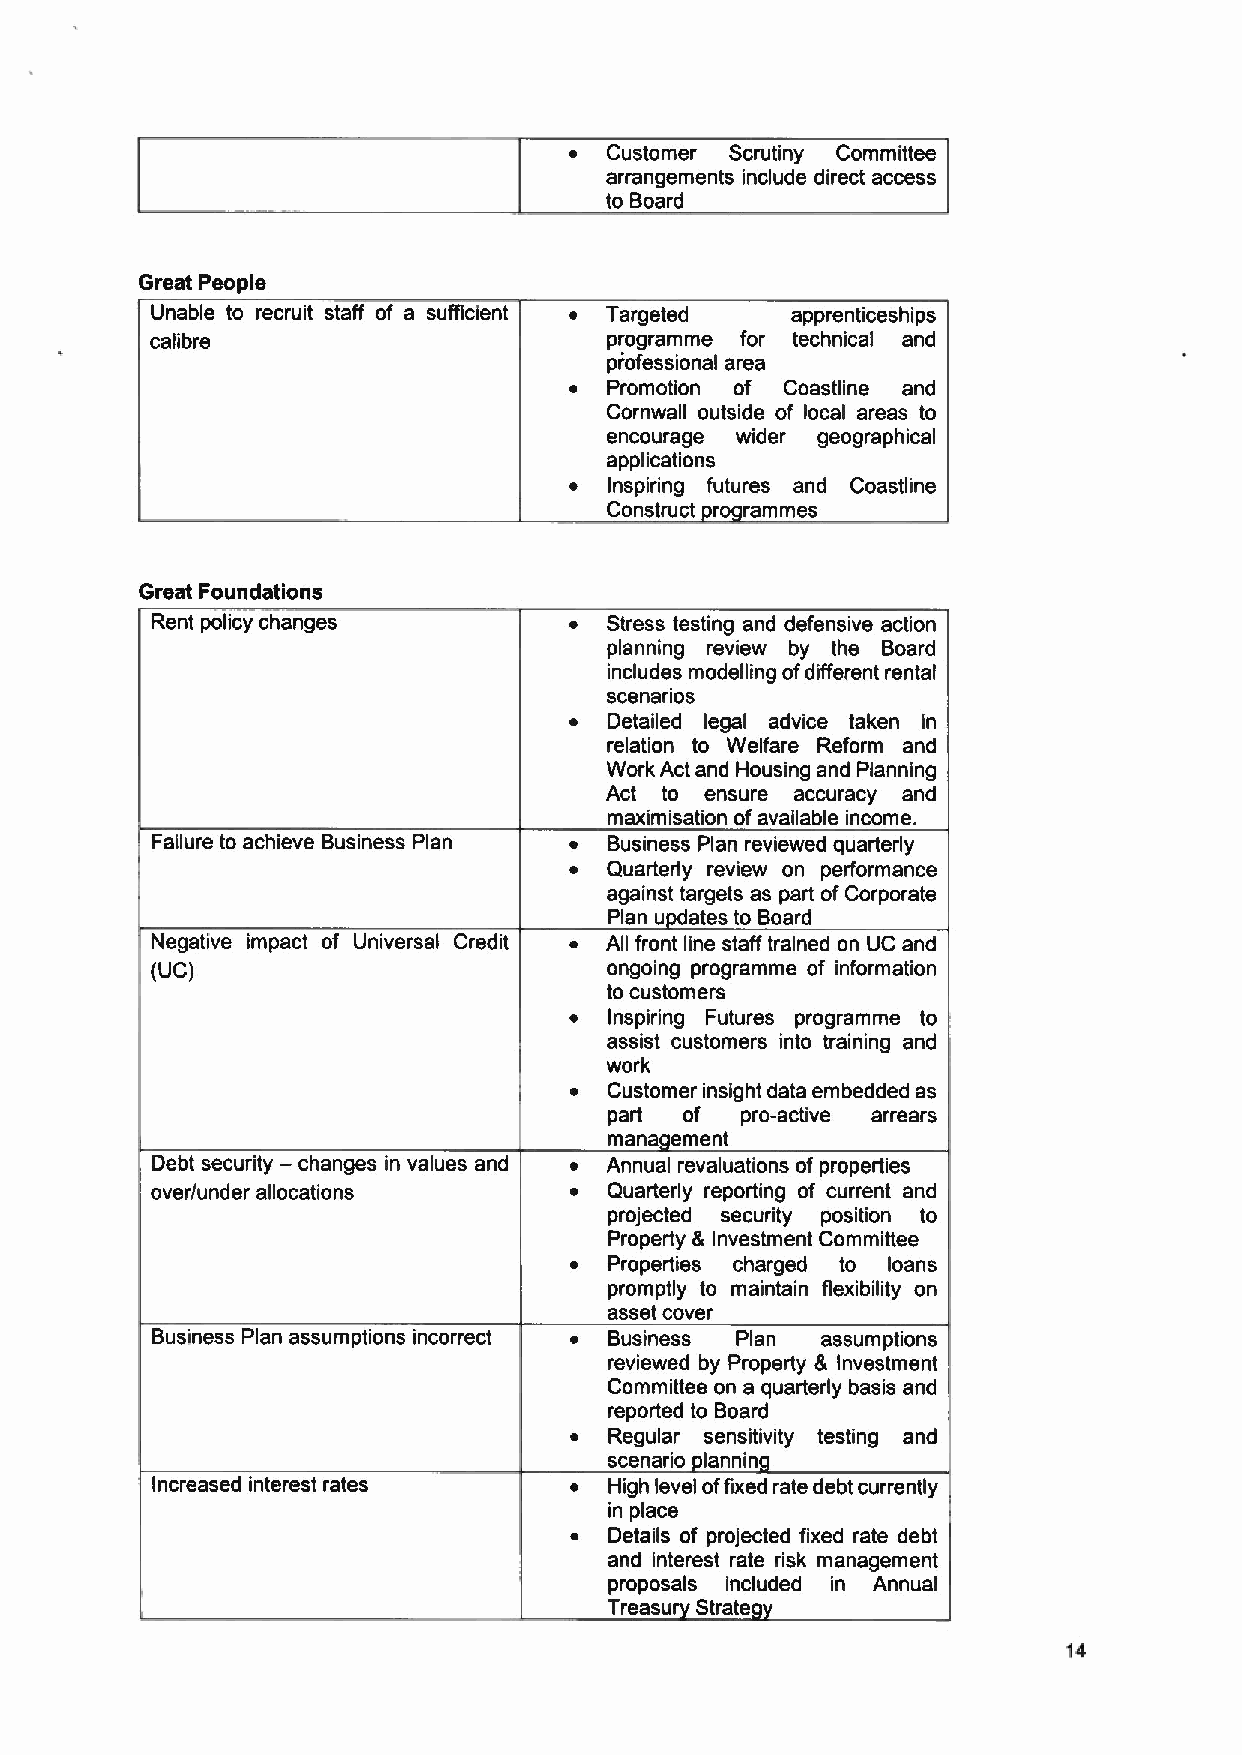
~ Customer Scrutiny Committee
 arrangements include direct access
 to Board
 Great People
 Unable to recruit staff of a sufficient Targeted apprenticeships
 calibre                       programme for technical and
 piofessional area
 Promotion of Coastline and
 Cornwall outside of local areas to
 encourage wider geographical
 applications
 Inspiring futures and Coastline
 Construct ro rammes
 Great Foundations
 Rent policy changes           Stress testing and defensive action
 planning review by the Board
 includes modelling ofdifferent rental
 scenarios
 Detailed legal advice taken in
 relation to Welfare Reform and
 Work Act and Housing and Planning
 Act to ensure accuracy and
 maximisation ofavailable income.
 Failure to achieve Business Plan Business Plan reviewed quarterly
 Quarterly review on performance
 against targets as part ofCorporate
 Plan u dates to Board
 Negative impact of Universal Credit All front line staff trained on UC and
 (UC)                          ongoing programme of information
 to customers
 Inspiring Futures programme to
 assist customers into training and
 work
 Customer insight data embedded as
 part of  pro-active arrears
 mana ement
 —
 Debt security changes in values and Annual revaluations ofproperties
 over/under allocations        Quarterly reporting of current and
 projected security position to
 Property & Investment Committee
 Properties charged to loans
 promptly to maintain flexibility on
 asset cover
 Business Plan assumptions incorrect Business Plan assumptions
 reviewed by Property & Investment
 Committee on a quarterly basis and
 reported to Board
 Regular sensitivity testing and
 scenario tannin
 Increased interest rates      High level offixed rate debt currently
 in place
 Details of projected fixed rate debt
 and interest rate risk management
 proposals included in Annual
 Treasu Strate